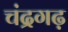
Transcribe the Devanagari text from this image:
चंद्रगढ़